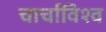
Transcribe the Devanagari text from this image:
चार्चाविश्व